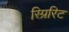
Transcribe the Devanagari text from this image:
स्प्रिरिट